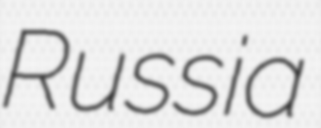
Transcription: Russia